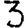
Digit: 3